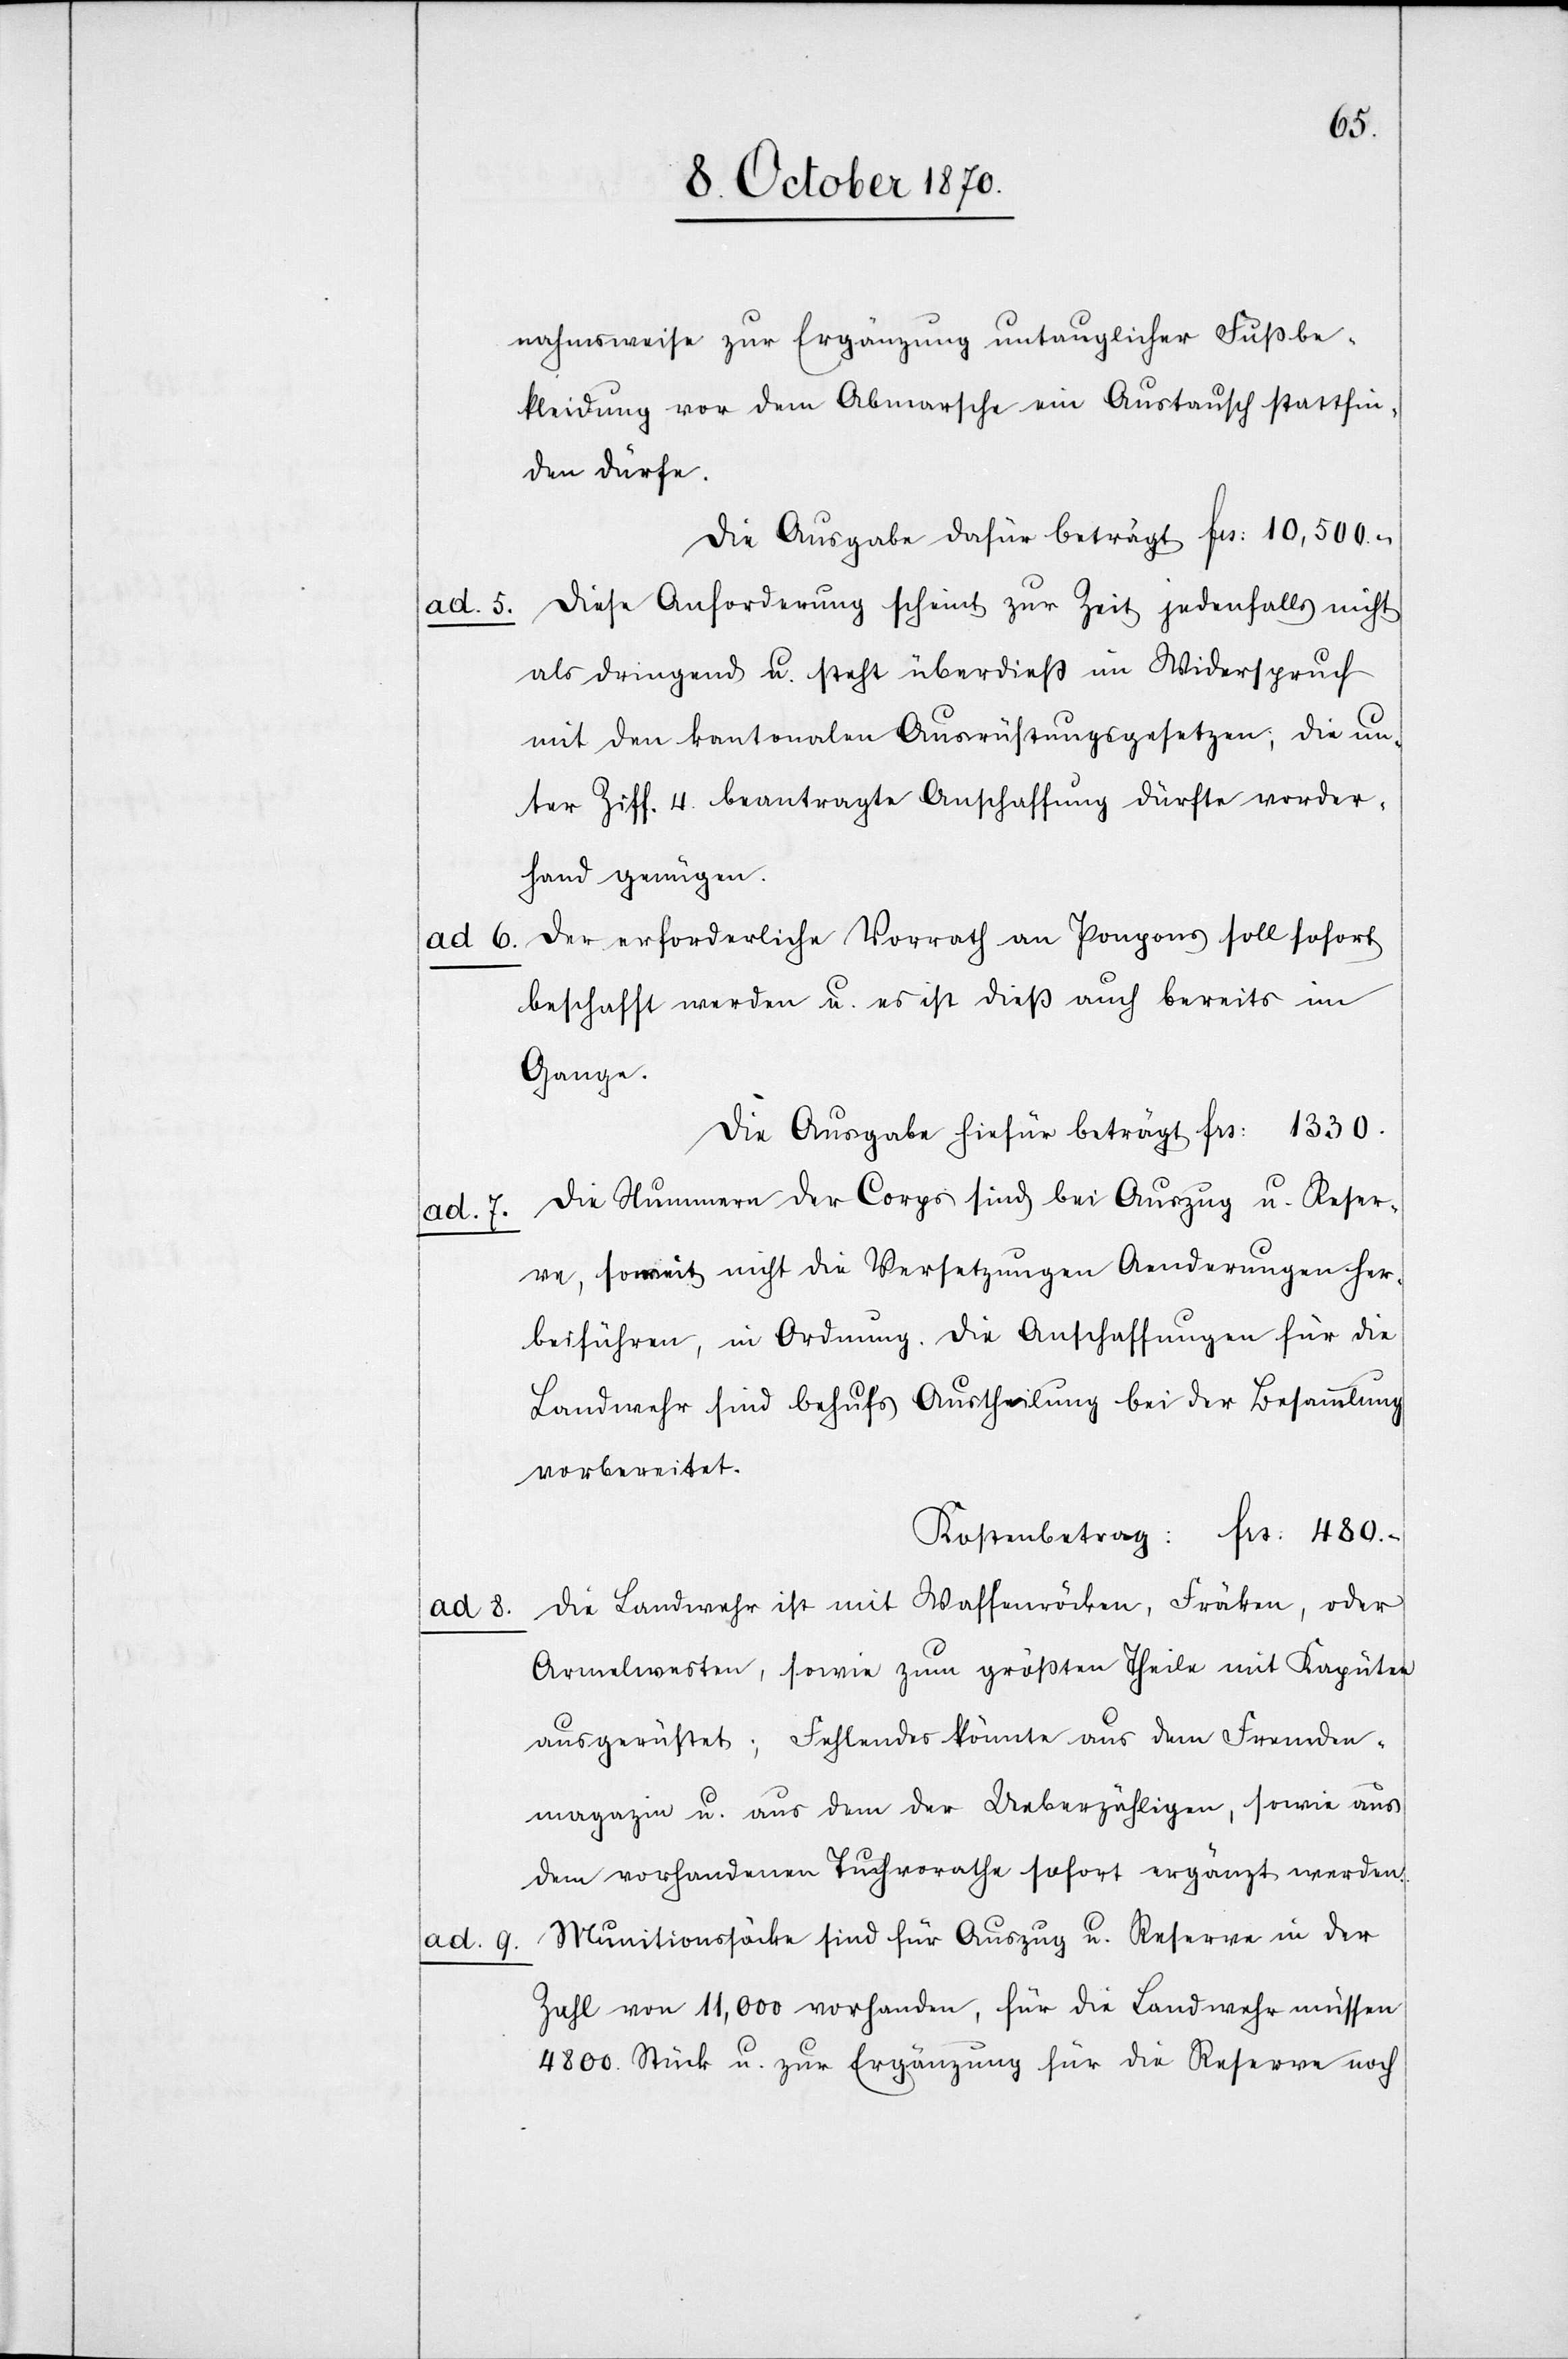
ad. 5.
ad. 6.
ad. 7.
ad. 8.
ad. 9.

nahmsweise zur Ergänzung untauglicher Fußbe¬
kleidung vor dem Abmarsche ein Austausch stattfin¬
den dürfe.
Die Ausgabe dafür beträgt Fr: 10,500.–
Diese Anforderung scheint zur Zeit jedenfalls nicht
als dringend u. steht überdieß im Widerspruch
mit den kantonalen Ausrüstungsgesetzen, die un¬
ter Ziff. 4 beantragte Anschaffung dürfte vorder¬
hand genügen.
Der erforderliche Vorrath an Ponpons soll sofort
bestellt werden u. es ist dieß auch bereits im
Gange.
Die Ausgabe hiefür beträgt Fr: 1330.
Die Nummern der Corps sind bei Auszug u. Reser¬
ve, soweit nicht die Versetzungen Aenderungen her¬
beiführen, in Ordnung. Die Anschaffungen für die
Landwehr sind behufs Austheilung bei der Besammlung
vorbereitet.
Kostenbetrag: Fr: 480.–
Die Landwehr ist mit Waffenröcken, Fräcken, oder
Ärmelwesten, sowie zum größten Theile mit Kaputen
ausgerüstet; Fehlendes könnte aus dem Fremden¬
magazin u. aus dem der Ueberzähligen, sowie aus
dem vorhandenen Tuchvorrathe sofort ergänzt werden.
Munitionssäcke sind für Auszug u. Reserve in der
Zahl von 11,000 vorhanden, für die Landwehr müssen
4800 Stück u. zur Ergänzung für die Reserve noch